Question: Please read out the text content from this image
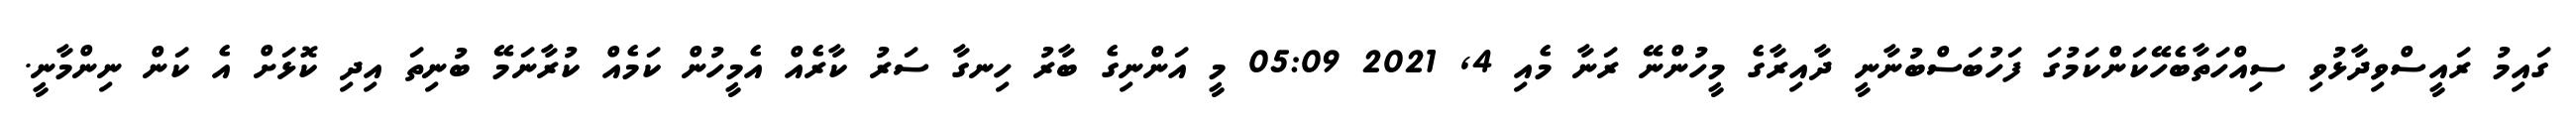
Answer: ގައިމު ރައީސްވިދާޅުވި ސިއްހަތާބެހޭކަންކަމުގަ ފަހުބަސްބުނާނީ ދާއިރާގެ މީހުންނޭ ރަނާ މެއި 4, 2021 05:09 މީ އަންނިގެ ބާރު ހިނގާ ސަރު ކާރެއް އެމީހުން ކަމެއް ކުރާނަމޭ ބުނިތަ އިދި ކޮޅަށް އެ ކަން ނިންމާނީ.